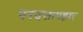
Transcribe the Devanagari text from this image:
परदत्तापहार